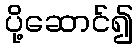
ပို့ဆောင်၍